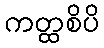
ကတ္ထစိပိ